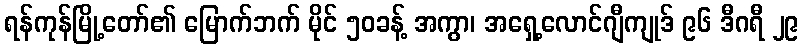
ရန်ကုန်မြို့တော်၏ မြောက်ဘက် မိုင် ၅၀ခန့် အကွာ၊ အရှေ့လောင်ဂျီကျုဒ် ၉၆ ဒီဂရီ ၂၉